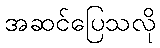
အဆင်ပြေသလို